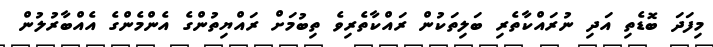
މިފަދަ ބޮޑެތި އަދި ނުރައްކާތެރި ބަލިތަކުން ރައްކާތެރިވެ ތިބުމަށް ރައްޔިތުންްގެ އެންމެންގެ އެއްބާރުލުން